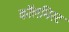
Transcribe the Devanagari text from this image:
कॉलमिस्ट